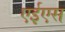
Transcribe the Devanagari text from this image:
एईएस